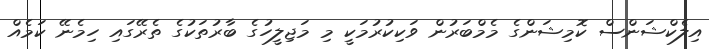
އިލެކްޝަންސް ކޮމިޝަންގެ މެމްބަރުން ވަކިކުރުމަކީ މި މަޖިލީހުގެ ބާރުތަކުގެ ތެރޭގައި ހިމެނޭ ކަމެއް